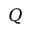
Q